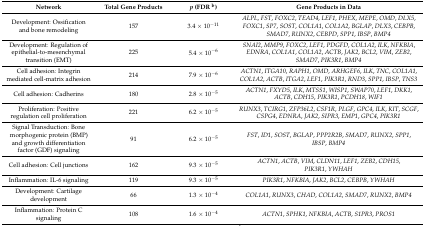
<table><thead><tr><td><b>Network</b></td><td><b>Total Gene Products</b></td><td><b><i>p</i> (FDR <sup>b</sup>)</b></td><td><b>Gene Products in Data</b></td></tr></thead><tbody><tr><td>Development: Ossification and bone remodeling</td><td>157</td><td>3.4 × 10<sup>−11</sup></td><td><i>ALPL</i>, <i>FST</i>, <i>FOXC2</i>, <i>TEAD4</i>, <i>LEF1</i>, <i>PHEX</i>, <i>MEPE</i>, <i>OMD</i>, <i>DLX5</i>, <i>FOXC1</i>, <i>SP7</i>, <i>SOST</i>, <i>COL1A1</i>, <i>COL1A2</i>, <i>BGLAP</i>, <i>DLX3</i>, <i>CEBPB</i>, <i>SMAD7</i>, <i>RUNX2</i>, <i>CEBPD</i>, <i>SPP1</i>, <i>IBSP</i>, <i>BMP4</i></td></tr><tr><td>Development: Regulation of epithelial-to-mesenchymal transition (EMT)</td><td>225</td><td>5.4 × 10<sup>−6</sup></td><td><i>SNAI2</i>, <i>MMP9</i>, <i>FOXC2</i>, <i>LEF1</i>, <i>PDGFD</i>, <i>COL1A2</i>, <i>ILK</i>, <i>NFKBIA</i>, <i>EDNRA</i>, <i>COL1A1</i>, <i>COL1A2</i>, <i>ACTB</i>, <i>JAK2</i>, <i>BCL2</i>, <i>VIM</i>, <i>ZEB2</i>, <i>SMAD7</i>, <i>PIK3R1</i>, <i>BMP4</i></td></tr><tr><td>Cell adhesion: Integrin mediated cell-matrix adhesion</td><td>214</td><td>7.9 × 10<sup>−6</sup></td><td><i>ACTN1</i>, <i>ITGA10</i>, <i>RAPH1</i>, <i>OMD</i>, <i>ARHGEF6</i>, <i>ILK</i>, <i>TNC</i>, <i>COL1A1</i>, <i>COL1A2</i>, <i>ACTB</i>, <i>ITGA2</i>, <i>LEF1</i>, <i>PIK3R1</i>, <i>RND3</i>, <i>SPP1</i>, <i>IBSP</i>, <i>TNS3</i></td></tr><tr><td>Cell adhesion: Cadherins</td><td>180</td><td>2.8 × 10<sup>−5</sup></td><td><i>ACTN1</i>, <i>FXYD5</i>, <i>ILK</i>, <i>MTSS1</i>, <i>WISP1</i>, <i>SWAP70</i>, <i>LEF1</i>, <i>DKK1</i>, <i>ACTB</i>, <i>CDH15</i>, <i>PIK3R1</i>, <i>PCDH18</i>, <i>WIF1</i></td></tr><tr><td>Proliferation: Positive regulation cell proliferation</td><td>221</td><td>6.2 × 10<sup>−5</sup></td><td><i>RUNX3</i>, <i>TCIRG1</i>, <i>ZFP36L2</i>, <i>CSF1R</i>, <i>PLGF</i>, <i>GPC4</i>, <i>ILK</i>, <i>KIT</i>, <i>SCGF</i>, <i>CSPG4</i>, <i>EDNRA</i>, <i>JAK2</i>, <i>SIPR3</i>, <i>EMP1</i>, <i>GPC4</i>, <i>PIK3R1</i></td></tr><tr><td>Signal Transduction: Bone morphogenic protein (BMP) and growth differentiation factor (GDF) signaling</td><td>91</td><td>6.2 × 10<sup>−5</sup></td><td><i>FST</i>, <i>ID1</i>, <i>SOST</i>, <i>BGLAP</i>, <i>PPP2R2B</i>, <i>SMAD7</i>, <i>RUNX2</i>, <i>SPP1</i>, <i>IBSP</i>, <i>BMP4</i></td></tr><tr><td>Cell adhesion: Cell junctions</td><td>162</td><td>9.3 × 10<sup>−5</sup></td><td><i>ACTN1</i>, <i>ACTB</i>, <i>VIM</i>, <i>CLDN11</i>, <i>LEF1</i>, <i>ZEB2</i>, <i>CDH15</i>, <i>PIK3R1</i>, <i>YWHAH</i></td></tr><tr><td>Inflammation: IL-6 signaling</td><td>119</td><td>9.3 × 10<sup>−5</sup></td><td><i>PIK3R1</i>, <i>NFKBIA</i>, <i>JAK2</i>, <i>BCL2</i>, <i>CEBPB</i>, <i>YWHAH</i></td></tr><tr><td>Development: Cartilage development</td><td>66</td><td>1.3 × 10<sup>−4</sup></td><td><i>COL1A1</i>, <i>RUNX3</i>, <i>CHAD</i>, <i>COL1A2</i>, <i>SMAD7</i>, <i>RUNX2</i>, <i>BMP4</i></td></tr><tr><td>Inflammation: Protein C signaling</td><td>108</td><td>1.6 × 10<sup>−4</sup></td><td><i>ACTN1</i>, <i>SPHK1</i>, <i>NFKBIA</i>, <i>ACTB</i>, <i>S1PR3</i>, <i>PROS1</i></td></tr></tbody></table>